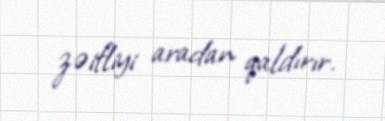
zəifliyi aradan qaldırır.